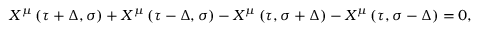
X ^ { \mu } \left( \tau + \Delta , \sigma \right) + X ^ { \mu } \left( \tau - \Delta , \sigma \right) - X ^ { \mu } \left( \tau , \sigma + \Delta \right) - X ^ { \mu } \left( \tau , \sigma - \Delta \right) = 0 ,